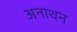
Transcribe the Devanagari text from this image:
अनाथन